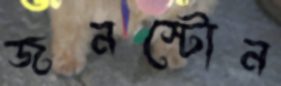
জনস্টোন